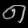
Digit: ၈